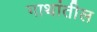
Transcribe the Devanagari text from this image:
गाथांतील